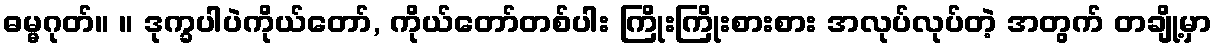
ဓမ္မဂုတ်။ ။ ဒုက္ခပါပဲကိုယ်တော်, ကိုယ်တော်တစ်ပါး ကြိုးကြိုးစားစား အလုပ်လုပ်တဲ့ အတွက် တချို့မှာ